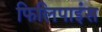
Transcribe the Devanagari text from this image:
फिलिपाइंस